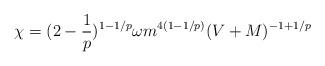
LaTeX: \begin{align*}\chi =(2-\frac{1}{p})^{1-1/p}\omega m^{4(1-1/p)}(V+M)^{-1+1/p} \end{align*}